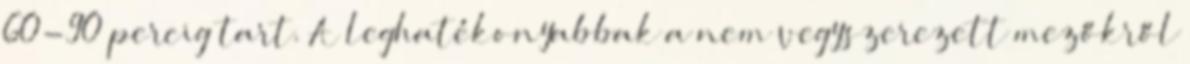
60-90 percig tart. A leghatékonyabbak a nem vegyszerezett mezőkről